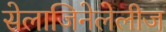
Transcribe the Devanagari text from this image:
सेलाजिनेलेलीज